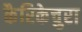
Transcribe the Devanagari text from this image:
कैरिकेचुरा